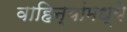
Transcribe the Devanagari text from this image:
वाहिन्यांमध्ये